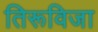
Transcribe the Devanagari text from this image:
तिरूविजा